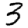
Digit: 3